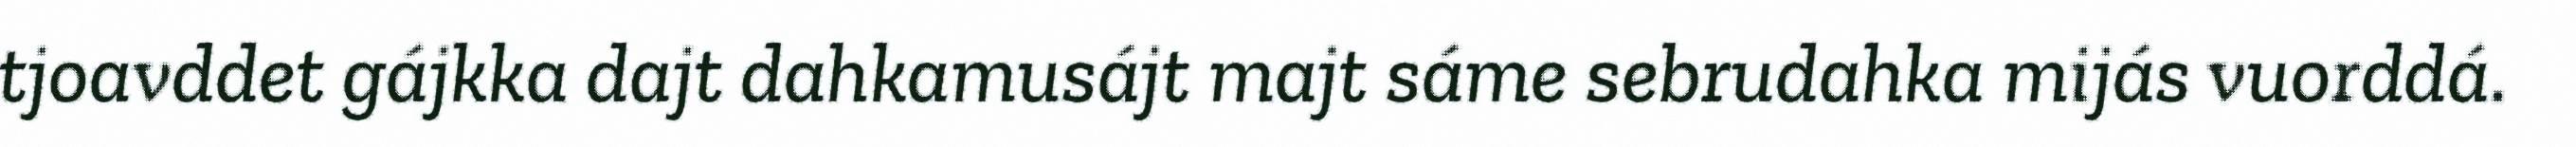
tjoavddet gájkka dajt dahkamusájt majt sáme sebrudahka mijás vuorddá.